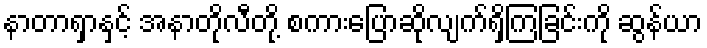
နာတာရှာနှင့် အနာတိုလီတို့ စကားပြောဆိုလျက်ရှိကြခြင်းကို ဆွန်ယာ